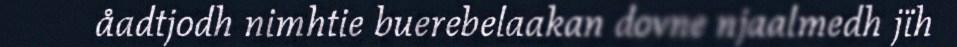
åadtjodh nimhtie buerebelaakan dovne njaalmedh jïh